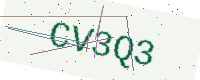
Text: CV3Q3